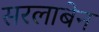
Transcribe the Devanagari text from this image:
सरलाबेन